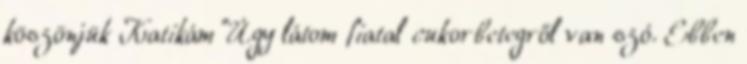
köszönjük Katikám “Úgy látom fiatal cukorbetegről van szó. Ebben